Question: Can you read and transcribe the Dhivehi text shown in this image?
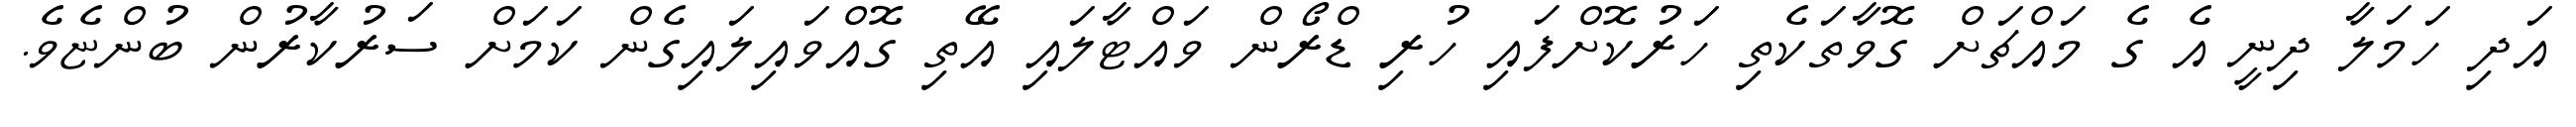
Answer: އަދި ހަމަލާ ދިނީ އެ ގެ މައްޗަށް ގޮވާތަކެތި ހަރުކޮށްފައި ހުރި ޑްރޯން ވައްޓާލައި އޭތި ގޮއްވައިލައިގެން ކަމަށް ސަރުކާރުން ބުންޏެވެ.